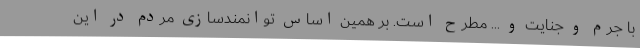
با جرم و جنایت و ... مطرح است. بر همین اساس توانمندسازی مردم در این